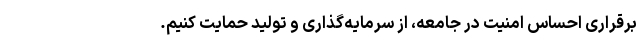
برقراری احساس امنیت در جامعه، از سرمایه‌گذاری و تولید حمایت کنیم.